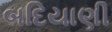
બદિયાણી